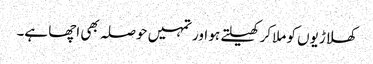
کھلاڑیوں کو ملا کر کھیلتے ہو اور تمہیں حوصلہ بھی اچھا ہے۔